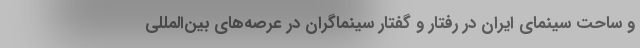
و ساحت سینمای ایران در رفتار و گفتار سینماگران در عرصه‌های بین‌المللی